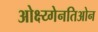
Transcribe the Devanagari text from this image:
ओक्ष्य्गेनतिओन